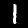
Digit: 1